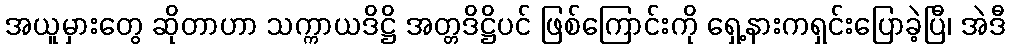
အယူမှားတွေ ဆိုတာဟာ သက္ကာယဒိဋ္ဌိ အတ္တဒိဋ္ဌိပင် ဖြစ်ကြောင်းကို ရှေ့နားကရှင်းပြောခဲ့ပြီ၊ အဲဒီ